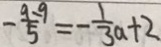
- \frac { 9 - 9 } { 5 } = - \frac { 1 } { 3 } a + 2